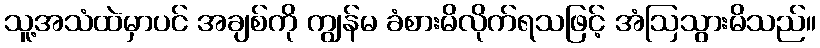
သူ့အသံထဲမှာပင် အချစ်ကို ကျွန်မ ခံစားမိလိုက်ရသဖြင့် အံဩသွားမိသည်။